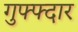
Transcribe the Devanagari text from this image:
गुफ्फ्दार